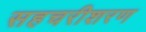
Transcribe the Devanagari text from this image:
सहचरीशरण